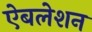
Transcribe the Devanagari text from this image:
ऐबलेशन